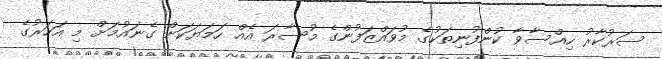
ސަރުކާރު ހިއްސާވާ ކުންފުނިތަކުގެ މުވައްޒަފުންގެ މުސާރަ އެއް ހަމަޔަކަށް ގެނައުމަށް މި އަހަރުގެ